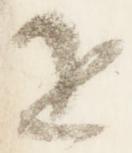
追